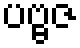
ပဗ္ဗဇ